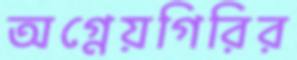
অগ্নেয়গিরির